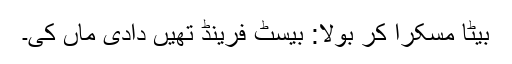
بیٹا مسکرا کر بولا: بیسٹ فرینڈ تھیں دادی ماں کی۔